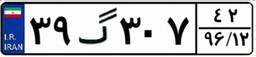
۳۹گ۳۰۷۴۲